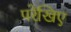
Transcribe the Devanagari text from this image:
परेखिए